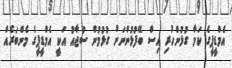
އެމްޑީޕީގެ ކަމާ ގުޅުންހުރި އިސް ބޭފުޅުންނަަށް ގުޅުމުން ސުޖާއު އަކީ އެމްޑީޕީގެ މެންބަރެއް